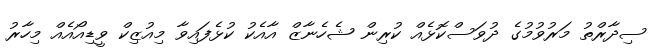
ސިދާރްތު މަރުވުމުގެ ދުވަސްކޮޅެއް ކުރިން ޝެހެނާޒް އާއެކު ކުޅެފައިވާ މިއުޒިކް ވީޑިއޯއެއް މިހާރު